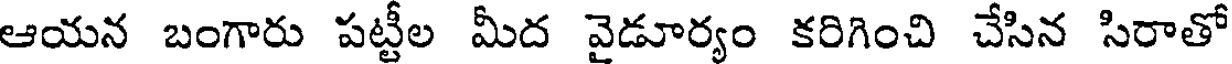
ఆయన బంగారు పట్టీల మీద వైడూర్యం కరిగించి చేసిన సిరాతో